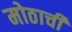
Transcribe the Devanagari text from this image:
मोठाची